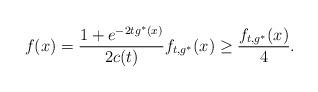
LaTeX: \begin{align*}f(x) = \frac{1+e^{-2tg^*(x)}}{2c(t)} f_{t,g^*}(x) \geq \frac{f_{t,g^*}(x)}{4}.\end{align*}